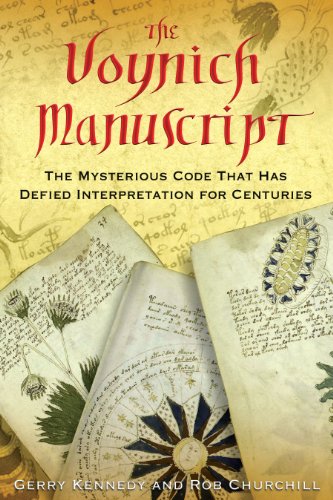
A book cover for The Voynich Manuscript: The Mysterious Code That Has Defied Interpretation for Centuries; Gerry Kennedy; Literature & Fiction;